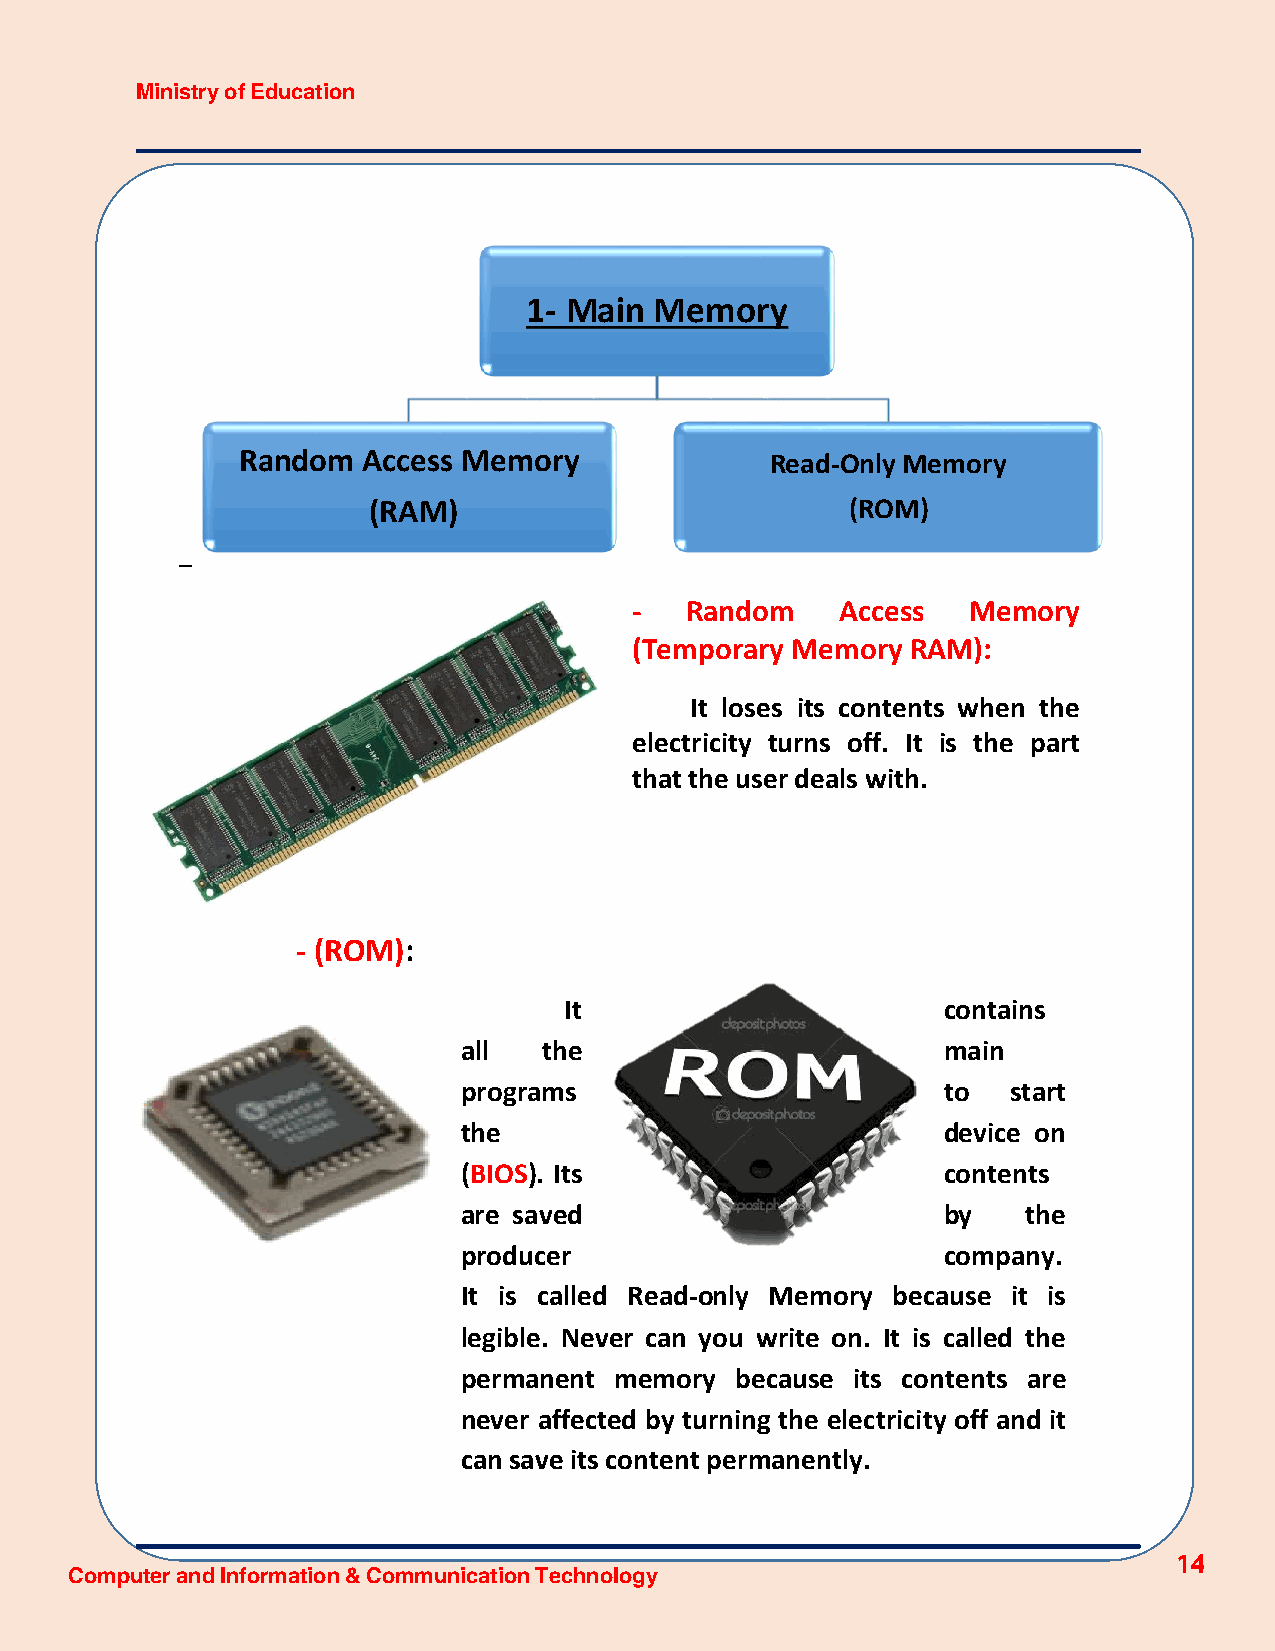
Ministry of Education
 1- Main Memory
 Random  Access Memory              Read-Only Memory
 (RAM)                           (ROM)
 -
 -  Random     Access  Memory
 (Temporary Memory RAM):
 It loses its contents when the
 electricity turns off. It is the part
 that the user deals with.
 - (ROM):
 It                       contains
 all  the                       main
 programs                       to   start
 the                            device on
 (BIOS). Its                    contents
 are saved                      by    the
 producer                       company.
 It is called Read-only Memory because it is
 legible. Never can you write on. It is called the
 permanent memory  because its contents are
 never affected by turning the electricity off and it
 can save its content permanently.
 14
 Computer and Information & Communication Technology